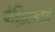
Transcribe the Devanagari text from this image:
पेद्झिसाई